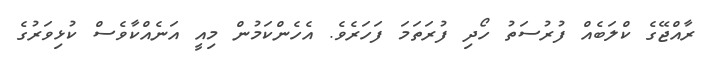
ރާއްޖޭގެ ކްލަބެއް ފުރުސަތު ހޯދި ފުރަތަމަ ފަހަރެވެ. އެހެންކަމުން މިއީ އަނެއްކާވެސް ކުޅިވަރުގެ